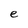
Character: e